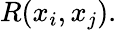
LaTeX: R(x_{i},x_{j}).